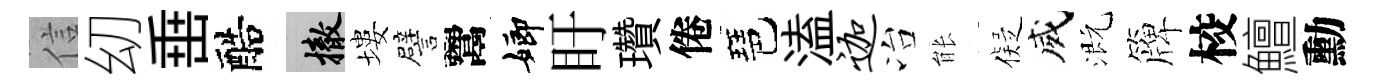
信㓜𡸁醅撤塿譬鬻嫏盱瓚倦琶溘迦冶䏻儗威溉簰校鱣勳